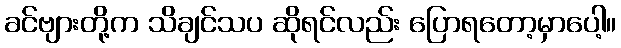
ခင်ဗျားတို့က သိချင်သပ ဆိုရင်လည်း ပြောရတော့မှာပေါ့။